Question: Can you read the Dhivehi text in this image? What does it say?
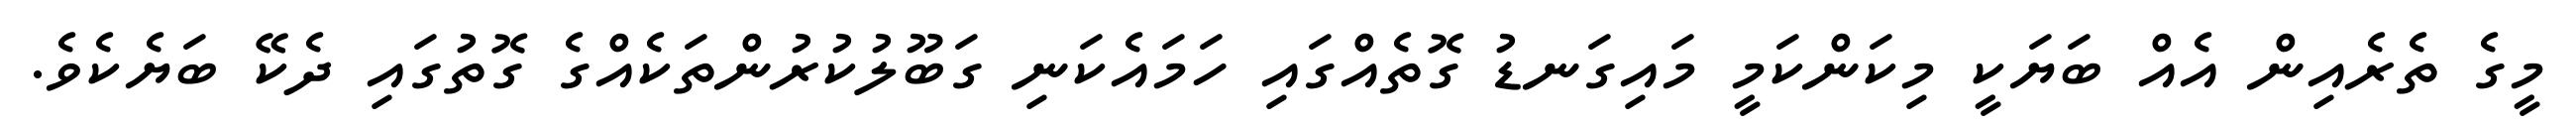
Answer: މީގެ ތެރެއިން އެއް ބަޔަކީ މިކަންކަމީ މައިގަނޑު ގޮތެއްގައި ހަމައެކަނި ގަބޫލުކުރުންތަކެއްގެ ގޮތުގައި ދެކޭ ބަޔެކެވެ.